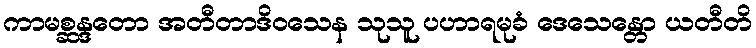
ကာမစ္ဆန္ဒတော အတီတာဒိဝသေန သုသူ ပဟာရမုခံ ဒေသေန္တော ယတီတိ